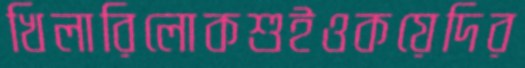
খিলারিলোকশুইওকয়েদির